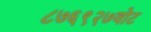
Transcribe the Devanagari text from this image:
८७६९२७वोट